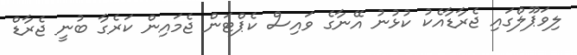
ލިވަޕޫލްގައި ޖެރާޑާއެކު ކުޅުނު އޭނާގެ ވައިސް ކެޕްޓަން ޖެމައިން ކަރެގާ ބުނީ ޖެރާޑް